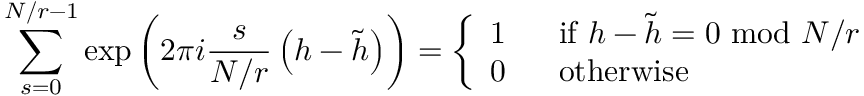
\sum _ { s = 0 } ^ { N / r - 1 } \exp \left( 2 \pi i \frac { s } { N / r } \left( h - \tilde { h } \right) \right) = \left\{ \begin{array} { l l } { { 1 } } & { { ~ ~ \mathrm { i f ~ } h - \tilde { h } = 0 ~ \mathrm { m o d } ~ N / r } } \\ { { 0 } } & { { ~ ~ \mathrm { o t h e r w i s e } } } \end{array} \right.